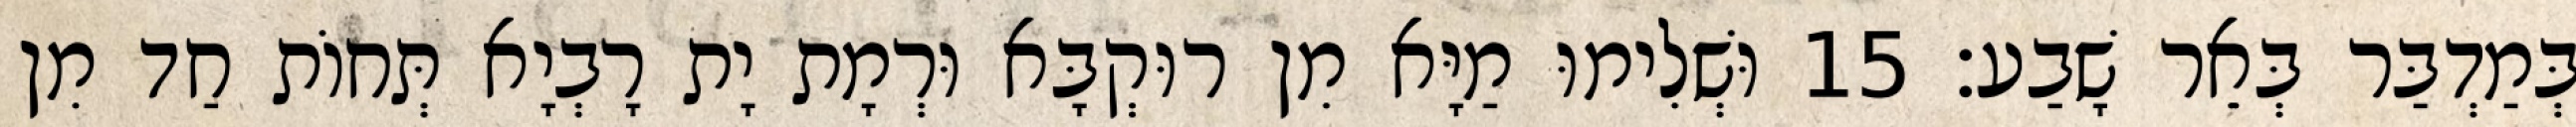
בְּמַדְבַּר בְּאֵר שָׁבַע׃ 15 וּשְׁלִימוּ מַיָּא מִן רוּקְבָּא וּרְמָת יָת רָבְיָא תְּחוֹת חַד מִן